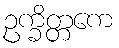
ဥက္ခိတ္တကေ